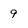
Character: 9